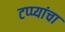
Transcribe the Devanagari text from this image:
टप्प्यांचा